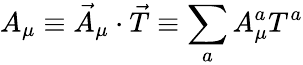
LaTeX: A_{\mu}\equiv\vec{A}_{\mu}\cdot\vec{T}\equiv\sum_{a}A_{\mu}^{a}T^{a}